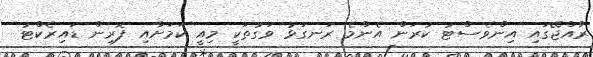
ރާއްޖޭގައި އިންވެސްޓު ކުރަން އެންމެ ރަނގަޅު ވަގުތަކީ މިއީ ކަމަށާއި ފޮރިން ޑައިރެކްޓު